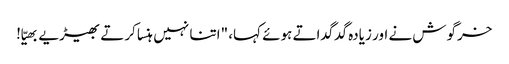
خرگوش نے اور زیادہ گدگداتے ہوئے کہا، "اتنا نہیں ہنسا کرتے بھیڑیے بھیّا!